Statistical return of the lunatic asylum in Assam - 1912-1932
Year: 1912
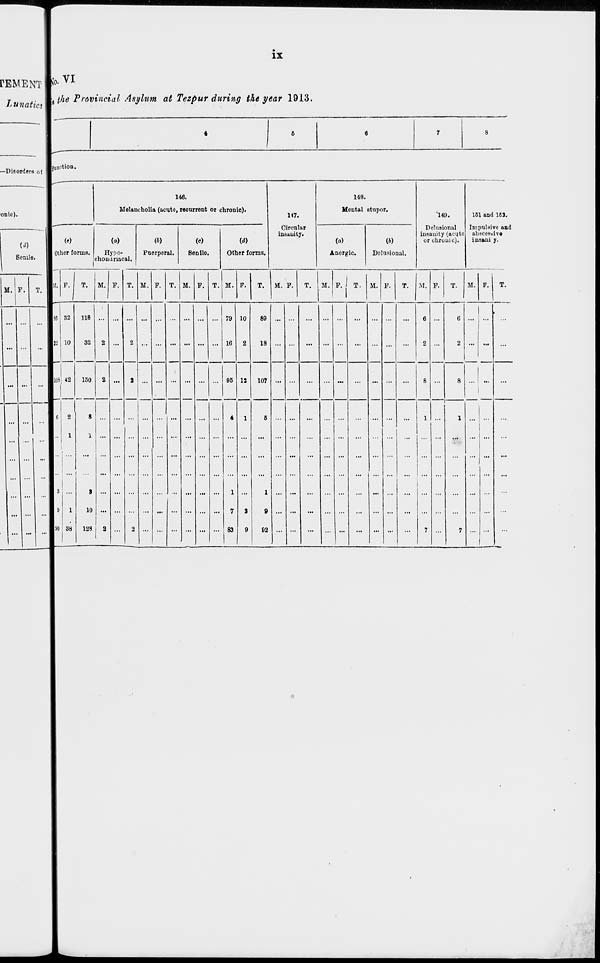
rEMENT
Lunatics
—DisorderB ol
onic).
(d)
Senile.
IX
No. VI
i the Provincial Asylum at Tezpur during the year 1913.
function.
146.
Melancholia (acute, recurrent or chronic).
M
Other forms.
M. P.
(a)
ITypo-
chonamcal.
(b)
Pnerporal.
Senile.
Other forms,
147.
Circular
insanity.
148.
Mental stupor.
(a)
Anergic.
(6)
Delusional.
"140.
Delusional
insanity (acute
or chronic).
161 and 15J.
Impulsive and
abscesbive
ins&ni y.
M. P.
T. H. F.
M. P.
M.
M.
T.
M. F.
M. F.
T. M.
T.
M.
M.
88 32
10
lOSj 42
6
2
..! i
118
32
150
8
1
1
38
8
10
128
7y
16
10
05 1!
80
18
107
1
7
83
1
0
92